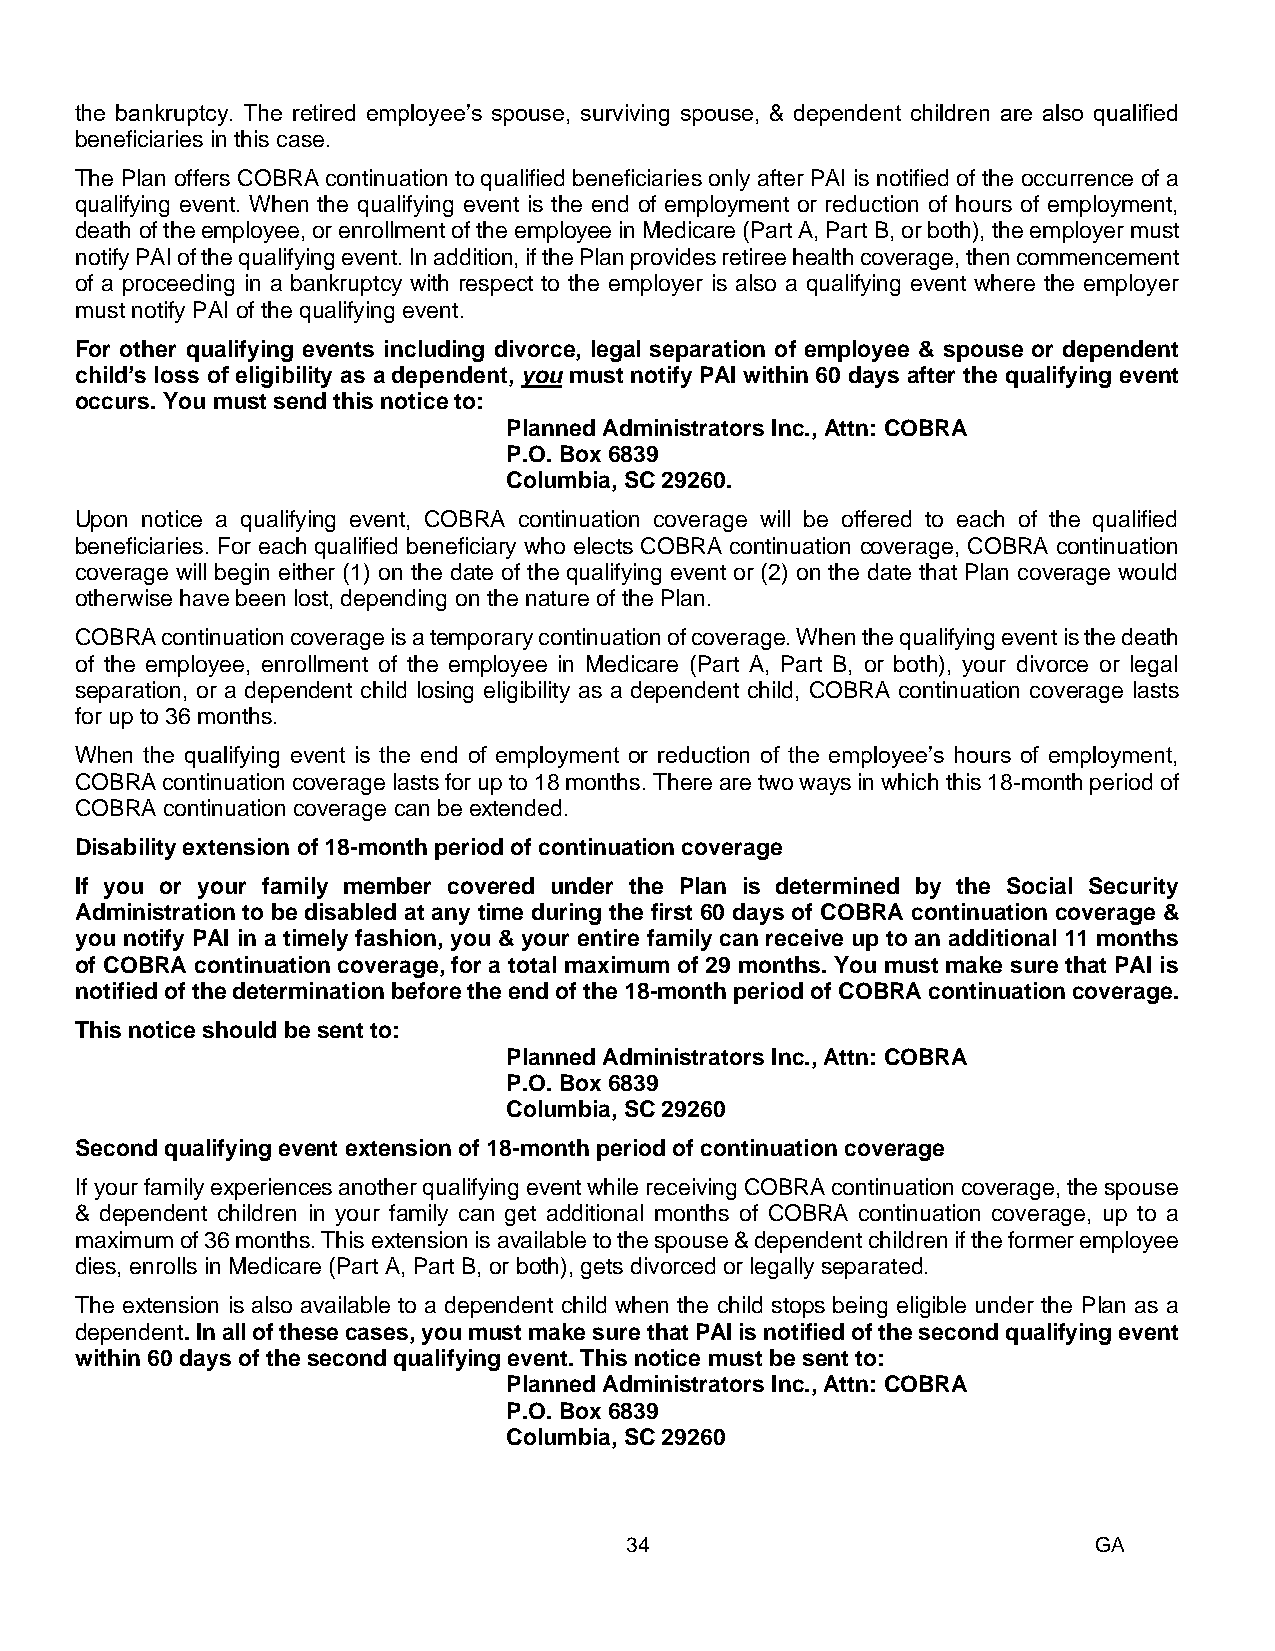
the bankruptcy. The retired employee’s spouse, surviving spouse, & dependent children are also qualified
 beneficiaries in this case.
 The Plan offers COBRA continuation to qualified beneficiaries only after PAI is notified of the occurrence of a
 qualifying event. When the qualifying event is the end of employment or reduction of hours of employment,
 death of the employee, or enrollment of the employee in Medicare (Part A, Part B, or both), the employer must
 notify PAI of the qualifying event. In addition, if the Plan provides retiree health coverage, then commencement
 of a proceeding in a bankruptcy with respect to the employer is also a qualifying event where the employer
 must notify PAI of the qualifying event.
 For other qualifying events including divorce, legal separation of employee & spouse or dependent
 child’s loss of eligibility as a dependent, you must notify PAI within 60 days after the qualifying event
 occurs. You must send this notice to:
 Planned Administrators Inc., Attn: COBRA
 P.O. Box 6839
 Columbia, SC 29260.
 Upon notice a qualifying event, COBRA continuation coverage will be offered to each of the qualified
 beneficiaries. For each qualified beneficiary who elects COBRA continuation coverage, COBRA continuation
 coverage will begin either (1) on the date of the qualifying event or (2) on the date that Plan coverage would
 otherwise have been lost, depending on the nature of the Plan.
 COBRA continuation coverage is a temporary continuation of coverage. When the qualifying event is the death
 of the employee, enrollment of the employee in Medicare (Part A, Part B, or both), your divorce or legal
 separation, or a dependent child losing eligibility as a dependent child, COBRA continuation coverage lasts
 for up to 36 months.
 When the qualifying event is the end of employment or reduction of the employee’s hours of employment,
 COBRA continuation coverage lasts for up to 18 months. There are two ways in which this 18-month period of
 COBRA continuation coverage can be extended.
 Disability extension of 18-month period of continuation coverage
 If you or your family member covered under the Plan is determined by the Social Security
 Administration to be disabled at any time during the first 60 days of COBRA continuation coverage &
 you notify PAI in a timely fashion, you & your entire family can receive up to an additional 11 months
 of COBRA continuation coverage, for a total maximum of 29 months. You must make sure that PAI is
 notified of the determination before the end of the 18-month period of COBRA continuation coverage.
 This notice should be sent to:
 Planned Administrators Inc., Attn: COBRA
 P.O. Box 6839
 Columbia, SC 29260
 Second qualifying event extension of 18-month period of continuation coverage
 If your family experiences another qualifying event while receiving COBRA continuation coverage, the spouse
 & dependent children in your family can get additional months of COBRA continuation coverage, up to a
 maximum of 36 months. This extension is available to the spouse & dependent children if the former employee
 dies, enrolls in Medicare (Part A, Part B, or both), gets divorced or legally separated.
 The extension is also available to a dependent child when the child stops being eligible under the Plan as a
 dependent. In all of these cases, you must make sure that PAI is notified of the second qualifying event
 within 60 days of the second qualifying event. This notice must be sent to:
 Planned Administrators Inc., Attn: COBRA
 P.O. Box 6839
 Columbia, SC 29260
 34                              GA